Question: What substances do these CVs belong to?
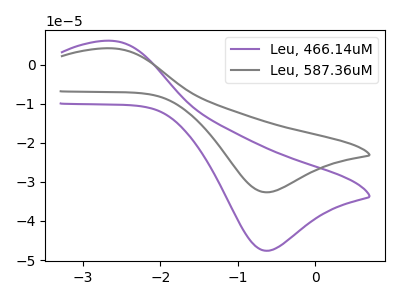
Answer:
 <answer>The purple curve is labeled "Leu, 466.14uM". The gray curve is labeled "Leu, 587.36uM".</answer>
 <eval></eval>